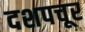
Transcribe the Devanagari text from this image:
दशपचूर